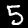
Label: 5